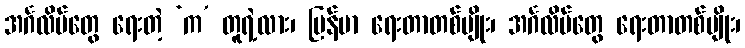
အင်္ဂလိပ်တွေ ရေးတဲ့ ‘က’ တူရဲ့လား၊ မြန်မာ ရေးတာတစ်မျိုး၊ အင်္ဂလိပ်တွေ ရေးတာတစ်မျိုး၊